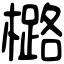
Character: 㯝